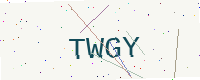
Text: TWGY